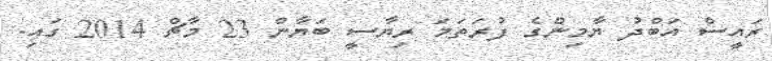
ރައީސް އަބްދު ޔާމިންގެ ފުރަތަމަ ރިޔާސީ ބަޔާން 23 މާޗް 2014 ގައި.